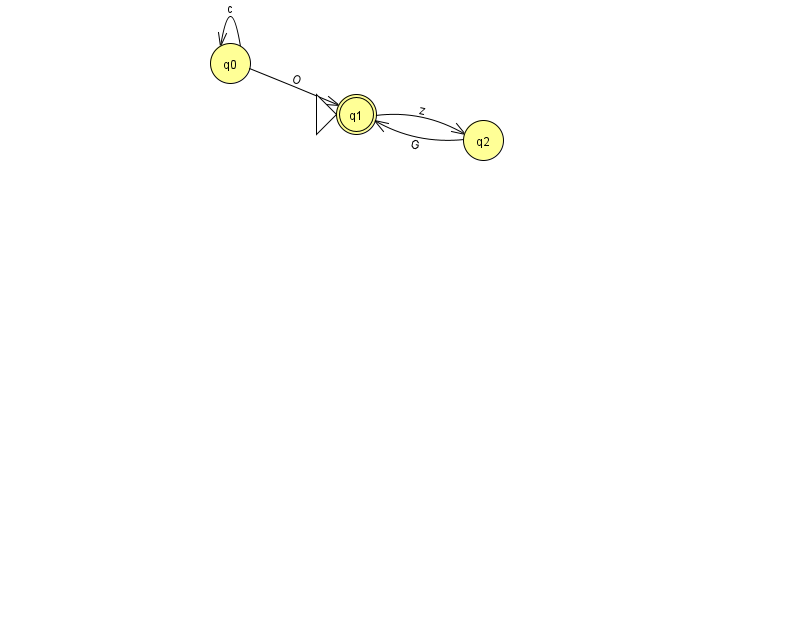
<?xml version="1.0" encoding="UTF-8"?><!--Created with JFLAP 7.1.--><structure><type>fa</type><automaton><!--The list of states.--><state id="0" name="q0"><x>230.0</x><y>50.0</y></state><state id="1" name="q1"><x>356.0</x><y>101.0</y><initial/><final/></state><state id="2" name="q2"><x>483.0</x><y>127.0</y></state><!--The list of transitions.--><transition><from>0</from><to>0</to><read>c</read></transition><transition><from>1</from><to>2</to><read>z</read></transition><transition><from>2</from><to>1</to><read>G</read></transition><transition><from>0</from><to>1</to><read>O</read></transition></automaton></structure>